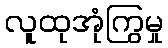
လူထုအုံကြွမှု